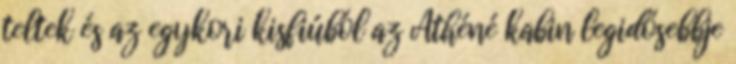
teltek és az egykori kisfiúból az Athéné kabin legidősebbje